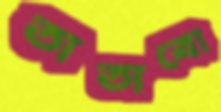
তাতাবো